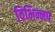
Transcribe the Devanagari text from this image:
विभिन्नप